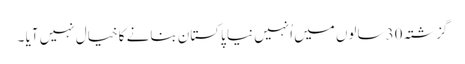
گزشتہ 30 سالوں میں اُنہیں نیا پاکستان بنانے کا خیال نہیں آیا ۔